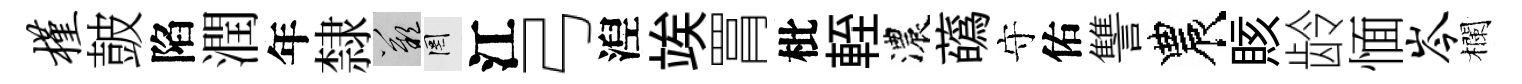
槿皷陷潤年隸嘆罔江弓湼竢罥枇輊濃蘤守佑讐農賅龄愐岑欄